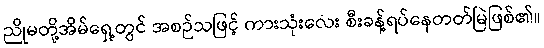
ညိုမတို့အိမ်ရှေ့တွင် အစဉ်သဖြင့် ကားသုံးလေး စီးခန့်ရပ်နေတတ်မြဲဖြစ်၏။